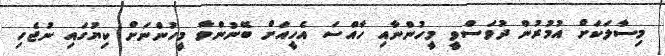
މިސާލަކަށް އުމުރުން ދުވަސްވީ މީހުންނާއި ހާއްސަ އެހީއަށް ބޭނުންވާ މީހުންނަށް ކިޔުގައި ނުޖެހި